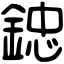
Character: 𨨩